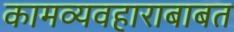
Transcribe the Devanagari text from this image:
कामव्यवहाराबाबत